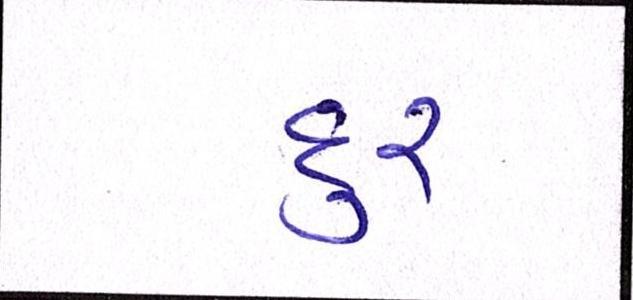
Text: દુર